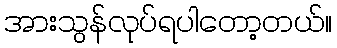
အားသွန်လုပ်ရပါတော့တယ်။